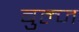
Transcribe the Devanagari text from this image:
बुल्ज